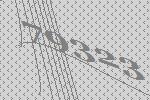
79323